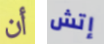
أن إتش